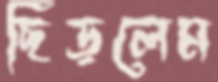
ছিঁড়লেম